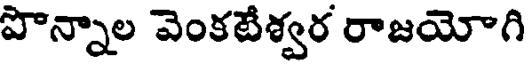
పొన్నాల వెంకటేశ్వర రాజయోగి